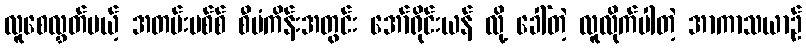
လူစေလွှတ်မယ့် အတမ်းမစ်စ် စီမံကိန်းအတွင်း အော်ရိုင်းယန် လို့ ခေါ်တဲ့ လူလိုက်ပါတဲ့ အာကာသယာဉ်